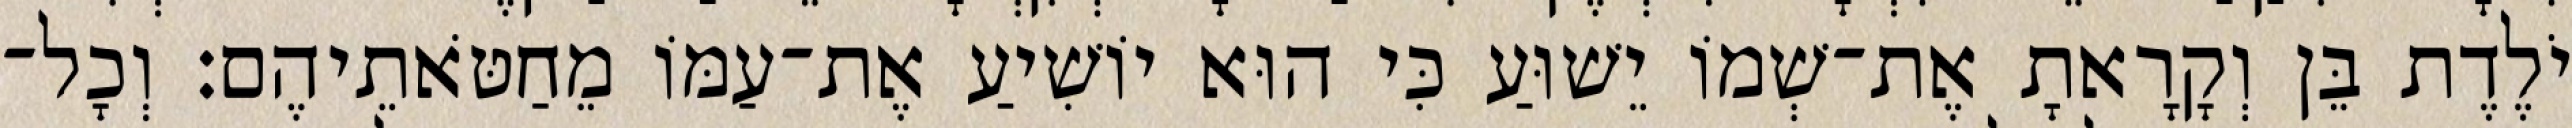
יֹלֶדֶת בֵּן וְקָרָאתָ אֶת־שְׁמוֹ יֵשׁוּעַ כִּי הוּא יוֹשִׁיעַ אֶת־עַמּוֹ מֵחַטֹּאתֵיהֶם׃ וְכָל־